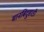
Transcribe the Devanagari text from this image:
मानबिंदूसाठी